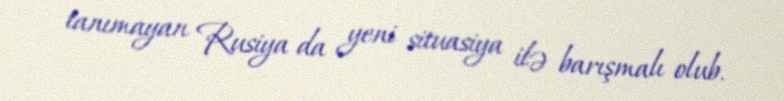
tanımayan Rusiya da yeni situasiya ilə barışmalı olub.